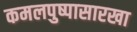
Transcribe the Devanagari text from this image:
कमलपुष्पासारखा